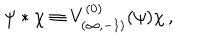
\psi * \chi \equiv V _ { ( \infty , - 1 ) } ^ { ( 0 ) } ( \psi ) \chi \, ,